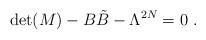
LaTeX: \begin{align*} \det(M)-B{\tilde B}-\Lambda^{2N}=0~.\end{align*}